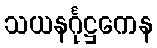
သယနင်္ဂုဋ္ဌကေန